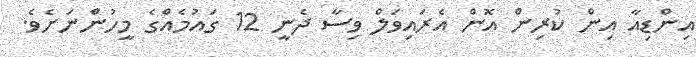
އިންޑިއާ އިން ކުރިން އޮން އެރައިވަލް ވިސާ ދެނީ 12 ގައުމެއްގެ މީހުންނަށެވެ.